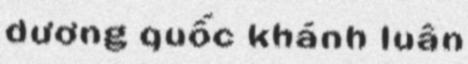
dương quốc khánh luân